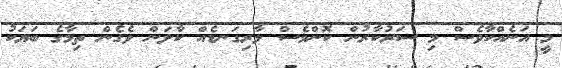
މީ އަނެއްކާވެސް މި ސަަރުކާރުން ކޮންމެސް ލާރިގަނޑެއް ކާލަން ވެގެން ތިމާގެ ބަޔަކު